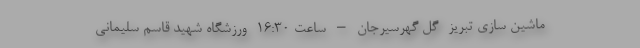
ماشین سازی تبریز- گل گهرسیرجان – ساعت ۱۶:۳۰- ورزشگاه شهید قاسم سلیمانی